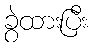
ခွဲထားပြီး